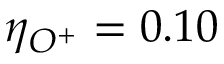
\eta _ { O ^ { + } } = 0 . 1 0